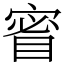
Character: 䁇